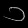
Digit: ၁